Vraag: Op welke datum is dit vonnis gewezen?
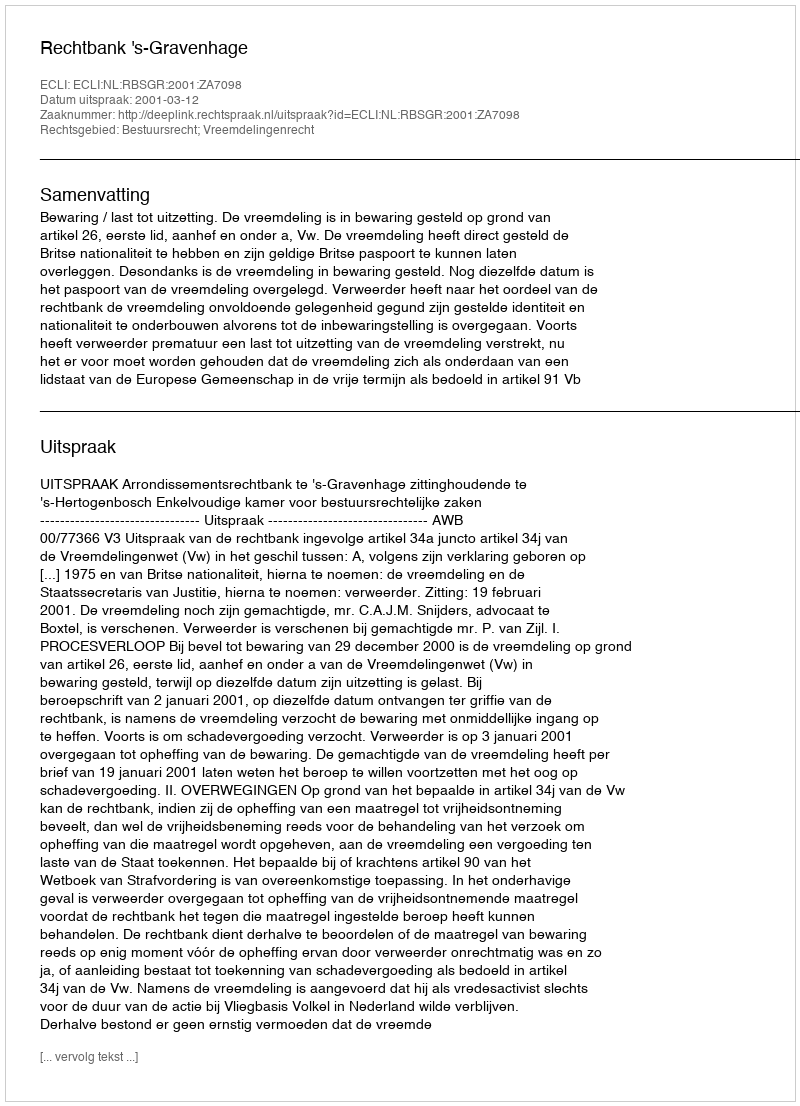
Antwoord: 2001-03-12